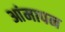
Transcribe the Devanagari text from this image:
आंमापन